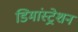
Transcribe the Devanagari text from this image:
डिमांस्ट्रेशन